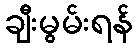
ချီးမွမ်းရန်